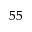
^ { 5 5 }